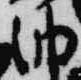
納